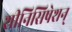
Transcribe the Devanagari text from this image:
शीनिसिषेशन्